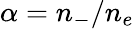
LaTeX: \alpha=n_{-}/n_{e}